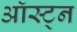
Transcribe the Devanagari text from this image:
ऑस्ट्न